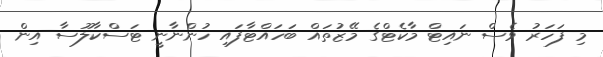
މި ފަހަރު ވެސް ނައިޓް މާކެޓްގެ މޭޒުތައް ބަހައްޓާފައި ހުންނާނީ ޓަސްކާލޫސާ އިން